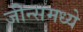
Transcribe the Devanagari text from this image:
जीन्समध्ये